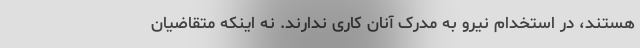
هستند، در استخدام نیرو به مدرک آنان کاری ندارند. نه اینکه متقاضیان